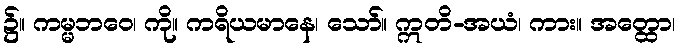
၌။ ကမ္မဘဝေ၊ ကို။ ကရိယမာနေ၊ သော်။ ဣတိ-အယံ၊ ကား။ အတ္ထော၊